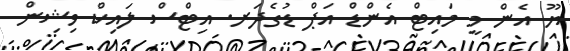
ޔޫ އެން މީ މައިޓް އެންޑް އަޕް ޑުގެދަރ. އިޓްސް ލައިކް ވިޝިން